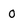
Character: 0